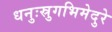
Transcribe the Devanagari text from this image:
धनुःस्रुगभिमेदुरे